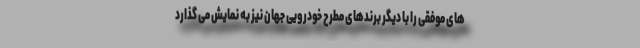
های موفقی را با دیگر برندهای مطرح خودرویی جهان نیز به نمایش می گذارد